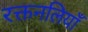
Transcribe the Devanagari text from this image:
रक्तनलियाँ